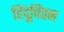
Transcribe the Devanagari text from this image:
हिंदूचिंतन